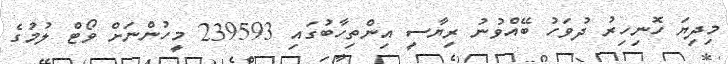
މިދިޔަ ހޮނިހިރު ދުވަހު ބޭއްވުނު ރިޔާސީ އިންތިހާބުގައި 239593 މީހުންނަށް ވޯޓް ލުމުގެ